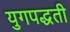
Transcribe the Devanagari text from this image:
युगपद्धती